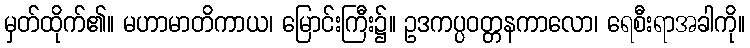
မှတ်ထိုက်၏။ မဟာမာတိကာယ၊ မြောင်းကြီး၌။ ဥဒကပ္ပဝတ္တနကာလော၊ ရေစီးရာအခါကို။